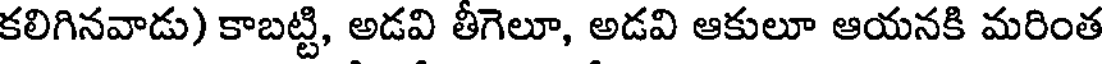
కలిగినవాడు) కాబట్టి, అడవి తీగెలూ, అడవి ఆకులూ ఆయనకి మరింత